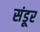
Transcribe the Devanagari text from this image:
संडूर